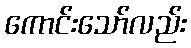
ကောင်းသော်လည်း